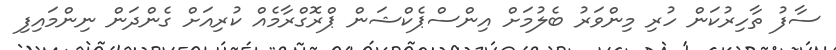
ސާފު ތާހިރުކަން ހުރި މިންވަރު ބެލުމަށް އިންސްޕެކްޝަން ޕްރޮގްރާމެއް ކުރިއަށް ގެންދަން ނިންމައިފި